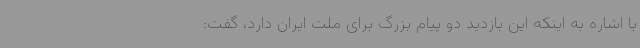
با اشاره به اینکه این بازدید دو پیام بزرگ برای ملت ایران دارد، گفت: